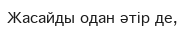
Жасайды одан әтір де,